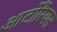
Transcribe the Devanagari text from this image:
आर्टोरियस